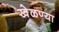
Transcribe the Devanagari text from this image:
खेळण्या